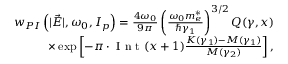
\begin{array} { r } { \lefteqn { } w _ { P I } \left( | \vec { E } | , \omega _ { 0 } , I _ { p } \right) = \frac { 4 \omega _ { 0 } } { 9 \pi } \left( \frac { \omega _ { 0 } m _ { e } ^ { * } } { \hbar \gamma _ { 1 } } \right) ^ { 3 / 2 } Q ( \gamma , x ) } \\ { \times \exp \left[ - \pi \cdot \mathrm { ~ I ~ n ~ t ~ } ( x + 1 ) \frac { K ( \gamma _ { 1 } ) - M ( \gamma _ { 1 } ) } { M ( \gamma _ { 2 } ) } \right] , } \end{array}